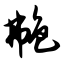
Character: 艴